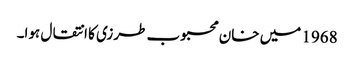
1968 میں خان محبوب طرزی کا انتقال ہوا۔